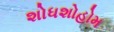
શોધશોહોમ